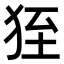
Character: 𤞂